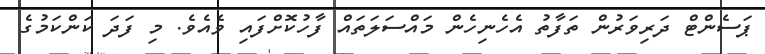
ޕަސެންޓް ދަރިވަރުން ތަފާތު އެހެނިހެން މައްސަލަތައް ފާހުކޮށްފައި ވެއެވެ. މި ފަދަ ކަންކަމުގެ